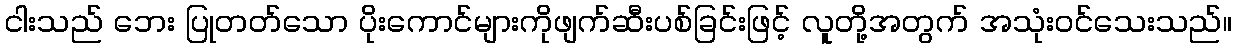
ငါးသည် ဘေး ပြုတတ်သော ပိုးကောင်များကိုဖျက်ဆီးပစ်ခြင်းဖြင့် လူတို့အတွက် အသုံးဝင်သေးသည်။